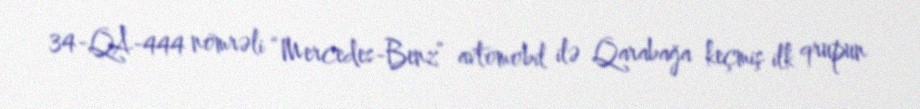
34-QA-444 nömrəli “Mercedes-Benz” avtomobil ilə Qarabağa keçmiş ilk qrupun